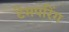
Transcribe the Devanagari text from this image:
टेमपरिंग